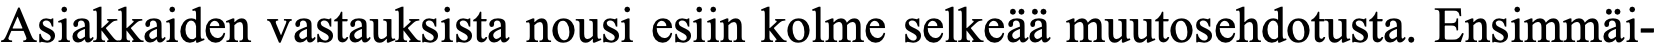
Asiakkaiden vastauksista nousi esiin kolme selkeää muutosehdotusta. Ensimmäi-